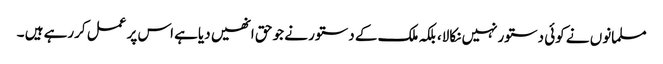
مسلمانوں نے کوئی دستورنہیں نکالا، بلکہ ملک کے دستور نے جو حق انھیں دیاہے اس پر عمل کررہے ہیں ۔